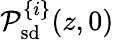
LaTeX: \mathcal{P}_{\mathrm{{sd}}}^{\{ i\} }(z,0)